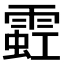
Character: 𫕩